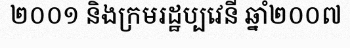
២០០១ និងក្រមរដ្ឋប្បវេនី ឆ្នាំ២០០៧